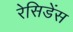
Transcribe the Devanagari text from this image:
रेसिडेंस